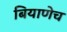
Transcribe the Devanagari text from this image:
बियाणेच